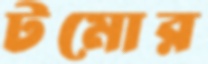
টমোর